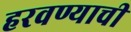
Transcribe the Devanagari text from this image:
हरवण्याची